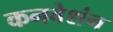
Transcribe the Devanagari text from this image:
कनवेशंन